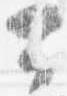
公